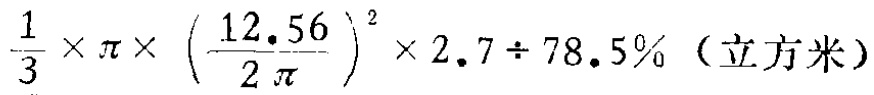
$\frac{1}{3} \times \pi \times \left(\frac{12.56}{2\pi}\right)^{2} \times 2.7 \div 78.5\% \text{（立方米）}$